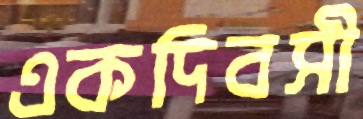
একদিবসী